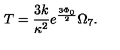
T = \frac { 3 k } { \kappa ^ { 2 } } e ^ { \frac { 3 \Phi _ { 0 } } { 2 } } \Omega _ { 7 } .